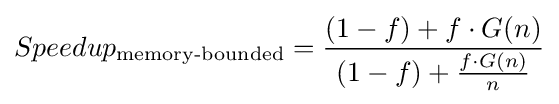
Speedup_{\text{memory-bounded}}={\frac {(1-f)+f\cdot G(n)}{(1-f)+{\frac {f\cdot G(n)}{n}}}}